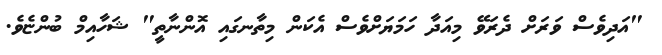
"އަދިވެސް ވަރަށް ދެރަވޭ މިއަދާ ހަމަޔަށްވެސް އެކަން މިތާނގައި އޮންނާތީ" ޝަހާއިމް ބުންޏެވެ.